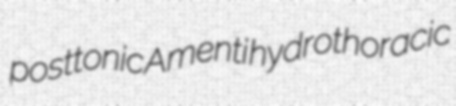
posttonic Amenti hydrothoracic